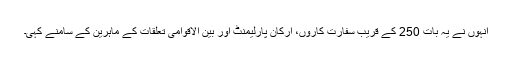
انہوں نے یہ بات 250 کے قریب سفارت کاروں، ارکان پارلیمنٹ اور بین الاقوامی تعلقات کے ماہرین کے سامنے کہی۔